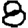
Digit: 8